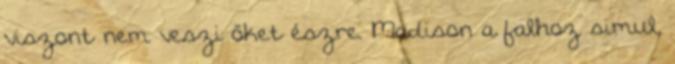
viszont nem veszi őket észre. Madison a falhoz simul,